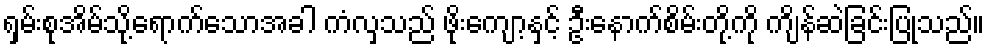
ရှမ်းစုအိမ်သို့ရောက်သောအခါ ကံလှသည် ဖိုးကျော့နှင့် ဦးနောက်စိမ်းတို့ကို ကျိန်ဆဲခြင်းပြုသည်။